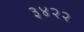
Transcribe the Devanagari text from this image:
३४२२